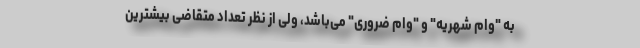
به "وام شهریه" و "وام ضروری" می‌باشد، ولی از نظر تعداد متقاضی بیشترین